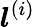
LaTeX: \boldsymbol{l}^{(i)}